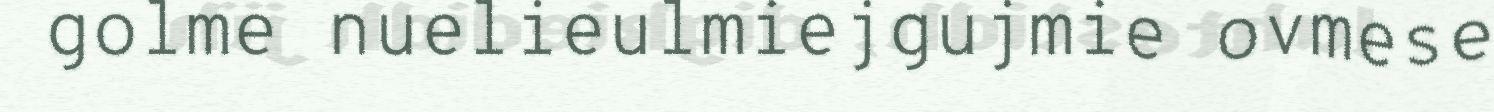
golme nuelieulmiejgujmie ovmese